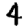
Digit: 4